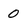
Character: 0